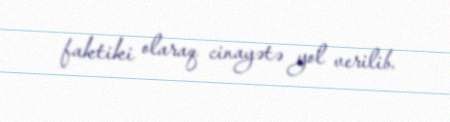
faktiki olaraq cinayətə yol verilib.